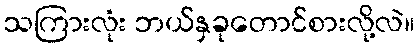
သကြားလုံး ဘယ်နှခုတောင်စားလို့လဲ။